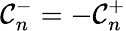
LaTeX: {\cal C}_{n}^{-}=-{\cal C}_{n}^{+}